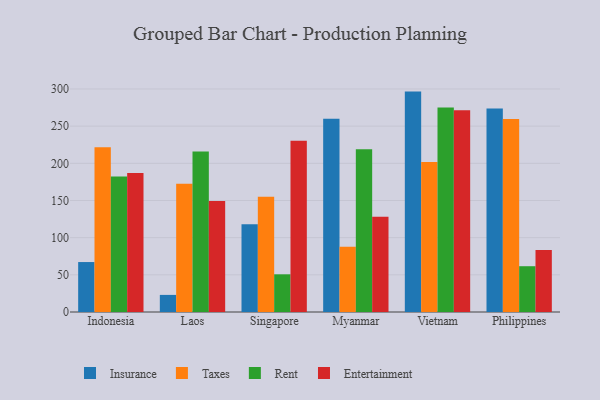
{"axis": {"x": "Country", "y": "Demand Index"}, "legend": ["Entertainment", "Insurance", "Rent", "Taxes"], "data": [{"x": "Indonesia", "y": 67.2, "type": "Insurance"}, {"x": "Indonesia", "y": 221.6, "type": "Taxes"}, {"x": "Indonesia", "y": 182.3, "type": "Rent"}, {"x": "Indonesia", "y": 187.1, "type": "Entertainment"}, {"x": "Laos", "y": 23.0, "type": "Insurance"}, {"x": "Laos", "y": 172.7, "type": "Taxes"}, {"x": "Laos", "y": 215.9, "type": "Rent"}, {"x": "Laos", "y": 149.2, "type": "Entertainment"}, {"x": "Singapore", "y": 117.9, "type": "Insurance"}, {"x": "Singapore", "y": 155.1, "type": "Taxes"}, {"x": "Singapore", "y": 50.7, "type": "Rent"}, {"x": "Singapore", "y": 230.5, "type": "Entertainment"}, {"x": "Myanmar", "y": 259.9, "type": "Insurance"}, {"x": "Myanmar", "y": 87.8, "type": "Taxes"}, {"x": "Myanmar", "y": 218.9, "type": "Rent"}, {"x": "Myanmar", "y": 128.3, "type": "Entertainment"}, {"x": "Vietnam", "y": 296.5, "type": "Insurance"}, {"x": "Vietnam", "y": 201.9, "type": "Taxes"}, {"x": "Vietnam", "y": 275.2, "type": "Rent"}, {"x": "Vietnam", "y": 271.4, "type": "Entertainment"}, {"x": "Philippines", "y": 273.6, "type": "Insurance"}, {"x": "Philippines", "y": 259.5, "type": "Taxes"}, {"x": "Philippines", "y": 61.6, "type": "Rent"}, {"x": "Philippines", "y": 83.5, "type": "Entertainment"}]}